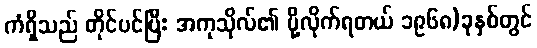
ကံရှိသည် တိုင်ပင်ပြီး အကုသိုလ်၏ ပို့လိုက်ရတယ် ၁၉၆၈)ခုနှစ်တွင်